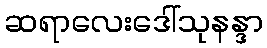
ဆရာလေးဒေါ်သုနန္ဒာ